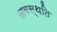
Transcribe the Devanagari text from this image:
अवस्थति